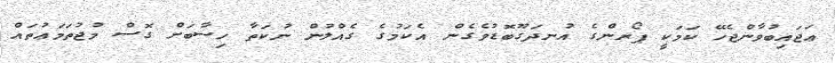
ޢަޖައިބުވާންޖެހޭ ކަމަކީ ޕޯރންގެ އުނދަގޫބޮޑުވެގެން އެކަމުގެ ގެއްލުން ނުކަތާ ހިސާބަށް ގޮސް މުޖުތަމަޢުތައް